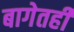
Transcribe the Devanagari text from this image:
बागेतही